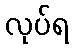
လုပ်ရ